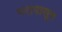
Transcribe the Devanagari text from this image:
गरापासून